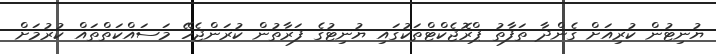
ޔުނިޓުން ކުރިއަށް ގެންދާ ތަފާތު ޕްރޮޖެކްޓްތަކުގައި ޔުނިޓުގެ ފަރާތުން ކުރަންޖެހޭ މަސައްކަތްތައް ކުރުމަށް